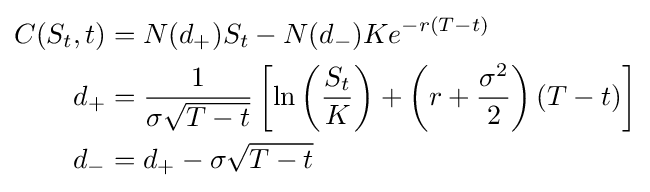
{\begin{aligned}C(S_{t},t)&=N(d_{+})S_{t}-N(d_{-})Ke^{-r(T-t)}\\d_{+}&={\frac {1}{\sigma {\sqrt {T-t}}}}\left[\ln \left({\frac {S_{t}}{K}}\right)+\left(r+{\frac {\sigma ^{2}}{2}}\right)(T-t)\right]\\d_{-}&=d_{+}-\sigma {\sqrt {T-t}}\\\end{aligned}}